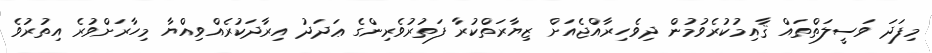
މިފަދަ ވަސީލަތްތައް ޤާއިމުކުރެވުމުން ދިވެހިރާއްޖެއަށް ޒިޔާރަތްކުރާ ފަތުރުވެރިންގެ ޢަދަދު އިރާދަކުރެއްވިއްޔާ މިހާރަށްވުރެ އިތުރުވެ